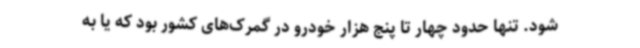
شود. تنها حدود چهار تا پنج هزار خودرو در گمرک‌های کشور بود که یا به